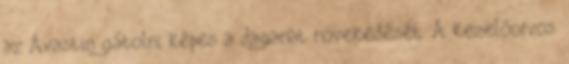
az Avastin gátolni képes a daganat növekedését. A kezelőorvos